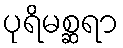
ပုရိမစ္ဆရာ